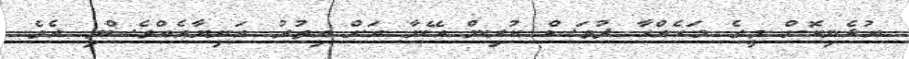
އުޅެނިކޮށް މީގެ މަހެއްހާ ދުވަސް ކުރިން އޭނާ އަށް އިތުރު އަނިޔާއެއްވެސްވި އެވެ.